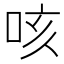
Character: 咳